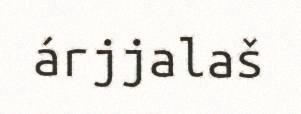
árjjalaš